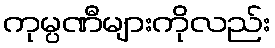
ကုမ္ပဏီများကိုလည်း